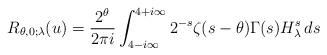
LaTeX: \begin{align*}R_{\theta,0;\lambda}(u)=\frac{2^\theta}{2\pi i}\int_{4-i\infty}^{4+i\infty}2^{-s}\zeta(s-\theta)\Gamma(s)H_\lambda^s\,ds\end{align*}